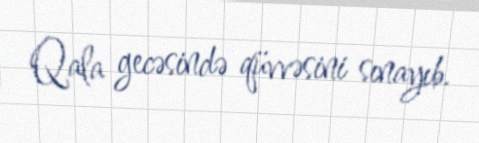
Qala gecəsində qüvvəsini sınayıb.